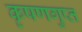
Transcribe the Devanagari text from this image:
कृषणगुप्त